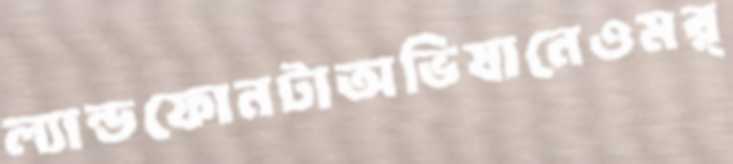
ল্যান্ডফোনটাঅভিযানেওমর্